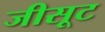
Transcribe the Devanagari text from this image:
जीसूट